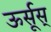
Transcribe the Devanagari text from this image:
ऊर्सूस्